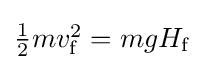
\textstyle {\frac {1}{2}}mv_{\text{f}}^{2}=mgH_{\text{f}}